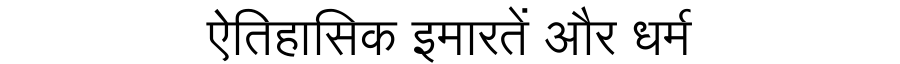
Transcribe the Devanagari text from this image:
ऐतिहासिक इमारतें और धर्म